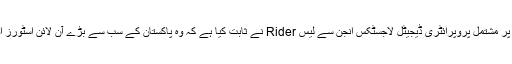
تکمیل، ڈلیوری اور آپریشنز سافٹ ویئر پر مشتمل پروپرائٹری ڈیجیٹل لاجسٹکس انجن سے لیس Rider نے ثابت کیا ہے کہ وہ پاکستان کے سب سے بڑے آن لائن اسٹورز اور مارکیٹ پلیس کا پسندیدہ پارٹنر ہے۔